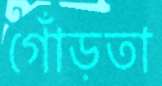
গোঁড়তা